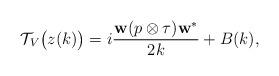
LaTeX: \begin{align*}\mathcal{T}_{V} \big( z(k) \big) = i \frac{\textup{\textbf{w}} (p \otimes \tau) \textup{\textbf{w}}^{\ast}}{2k} + B(k), \end{align*}